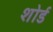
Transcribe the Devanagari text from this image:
शोर्ड